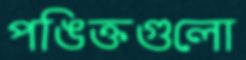
পঙিক্তগুলো